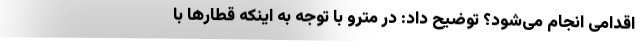
اقدامی انجام می‌شود؟ توضیح داد: در مترو با توجه به اینکه قطارها با